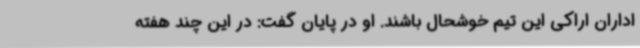
اداران اراکی این تیم خوشحال باشند. او در پایان گفت: در این چند هفته